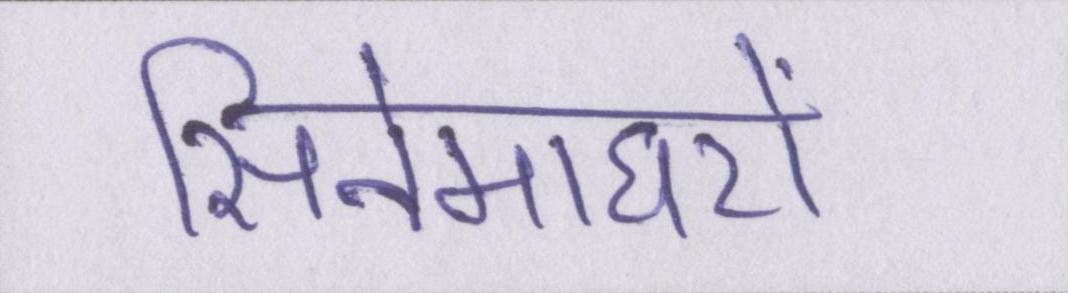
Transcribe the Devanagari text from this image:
सिनेमाघरों